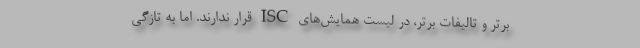
برتر و تالیفات برتر، در لیست همایش‌های ISC قرار ندارند. اما به تازگی